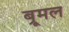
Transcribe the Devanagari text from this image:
ब्रूमल